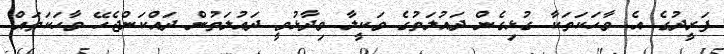
ފަރީދުގެ އެ ވާހަކަތަކާ ގުޅިގެން ދައުލަތުގެ ވަކީލާ ވިދާޅުވީ ދައުލަތުން ދައްކަންޖެހޭ ވާހަކަތައް